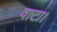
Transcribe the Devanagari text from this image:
वाटा।